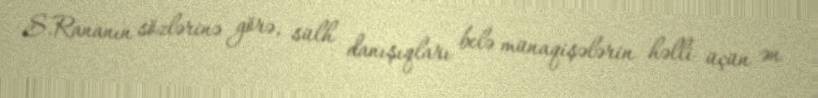
S.Rananın sözlərinə görə, sülh danışıqları belə münaqişələrin həlli üçün ən